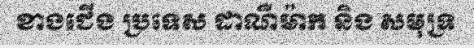
ខាងជើង ប្រទេស ដាណឺម៉ាក និង សមុទ្រ